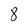
Character: 8